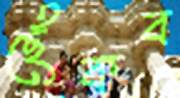
ছেঁকব